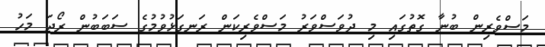
މަސްވެރިން ބުނާ ގޮތުގައި މި ދުވަސްވަރު މަސްވެރިކަން ރަނގަޅުވުމުގެ ސަބަބުން ރޯދަ މަހު